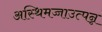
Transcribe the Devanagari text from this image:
अस्थिमज्जाउत्पन्न